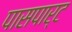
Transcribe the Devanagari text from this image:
पासपार्ट